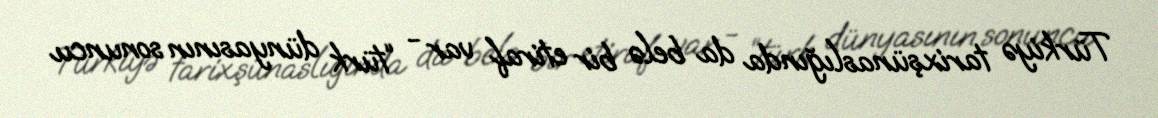
Türkiyə tarixşünaslığında da belə bir etiraf var - “türk dünyasının sonuncu